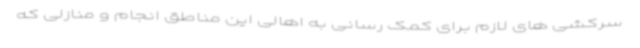
سرکشی های لازم برای کمک رسانی به اهالی این مناطق انجام و منازلی که